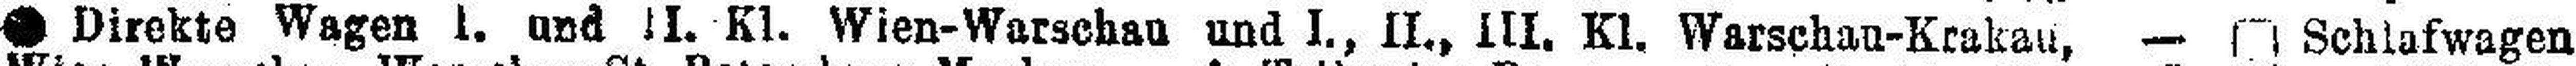
● Direkte Wagen I. und II. Kl. Wien-Warschau und I., II., III. Kl. Warschau-Krakau, — □ Schlafwagen